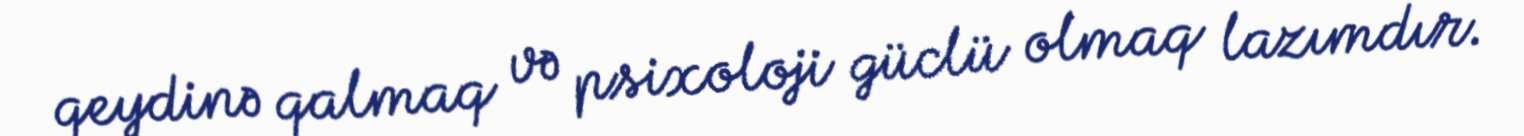
qeydinə qalmaq və psixoloji güclü olmaq lazımdır.